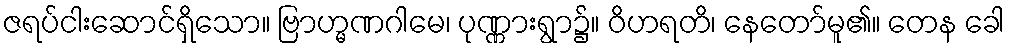
ဇရပ်ငါးဆောင်ရှိသော။ ဗြာဟ္မဏဂါမေ၊ ပုဏ္ဏားရွာ၌။ ဝိဟရတိ၊ နေတော်မူ၏။ တေန ခေါ